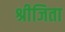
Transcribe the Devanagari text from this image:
श्रीजिता